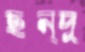
ছন্দু